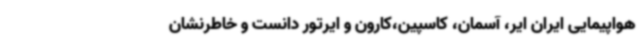
هواپیمایی ایران ایر، آسمان، کاسپین،کارون و ایرتور دانست و خاطرنشان